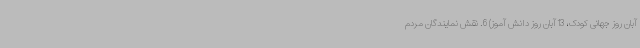
آبان روز جهانی کودک، 13 آبان روز دانش آموز) 6. نقش نمایندگان مردم